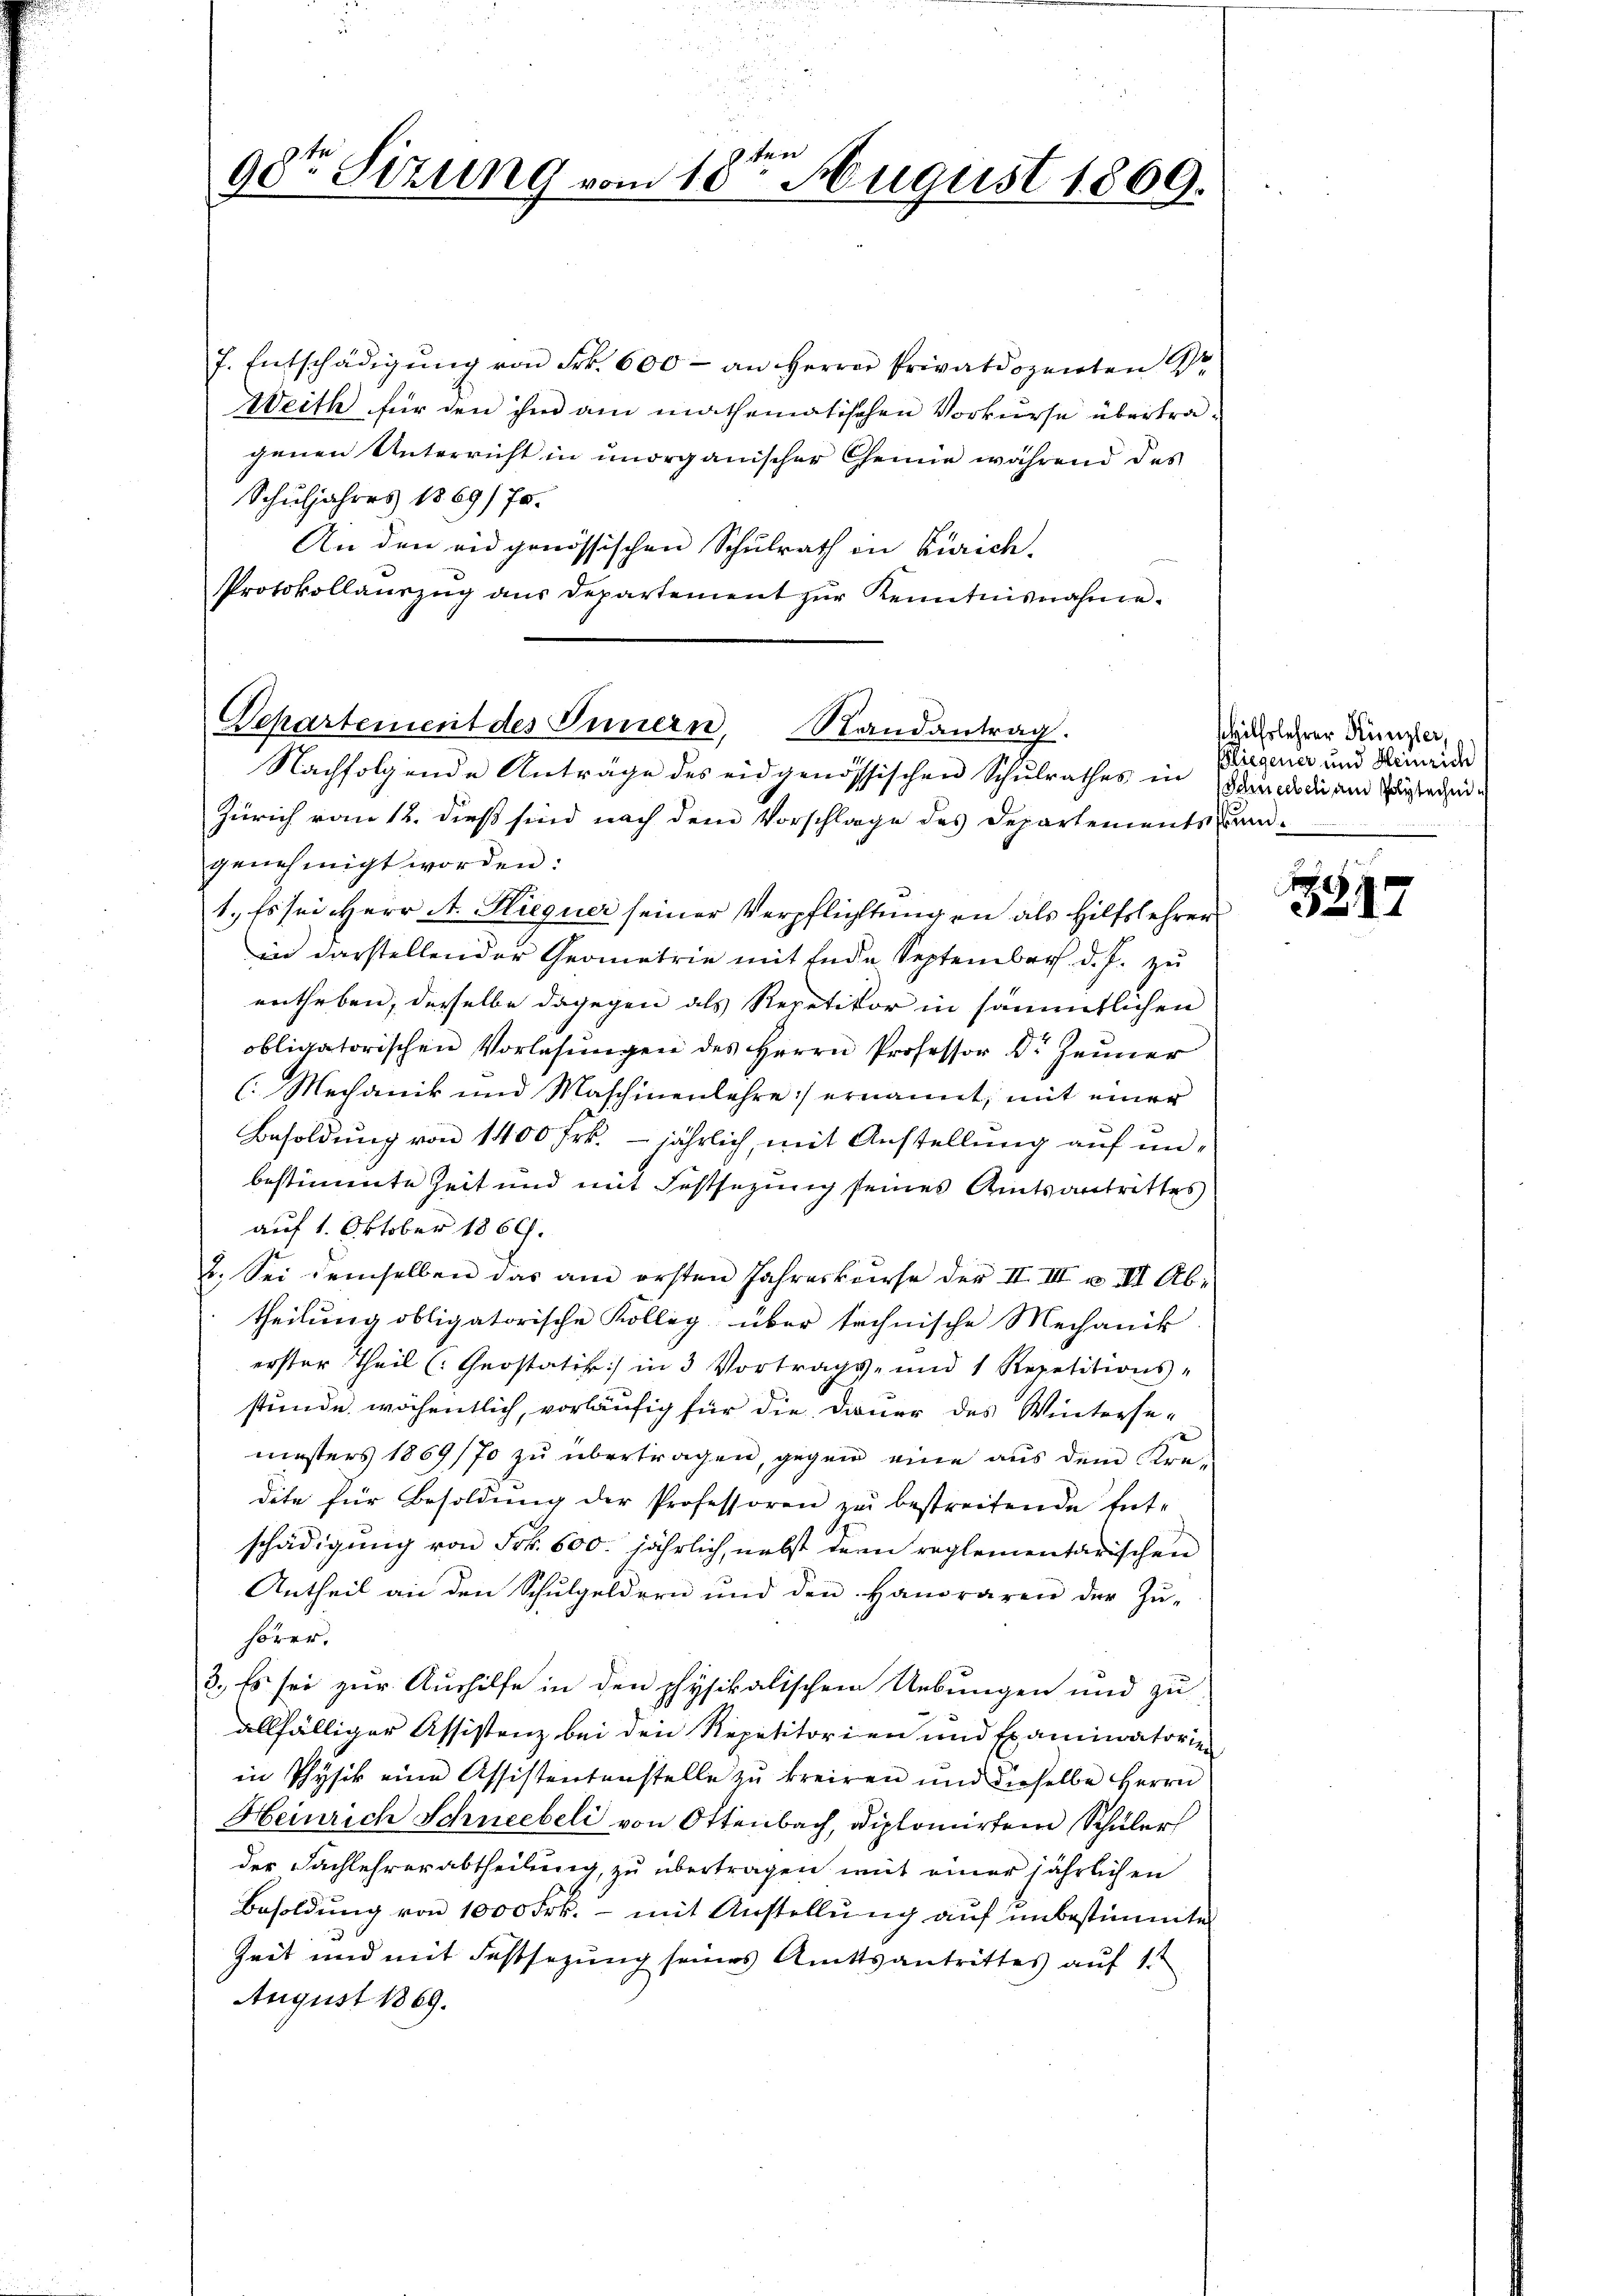
90te Sizung vom 18ten August 1869.

f. Entschädigŭng von Frk. 600- an Herrn Privatdozenten Dr.
Weith für den ihm am mathematischen Vorkurse übertragenen Unterricht in unorganischer Chemie während des
Schuljahres 1869/ fr.
An den eidgenössischen Schulrath in Zürich.
Protokollaŭszŭg aŭs departement zŭr Kenntnisnahme.
Nachfolgende Anträge des eidgenössischen Schulrathes in Stunde die am Stade¬
Zürich vom 12. dieß sind nach dem Vorschlage des Departements fran-
genehmigt worden:
1., Es sei Herr A. Sieguer seiner Verpflichtungen als Hilfslehrer
in darstellender Geometrie mit Ende September d. J. zu
entheben, derselbe dagegen als Repetikor in sämmtlichen
obligatorischen Vorlesungen des Herrn Professor Dr. Jenner
(Mechanik und Maschinenlehre ernannt, mit einer
Besoldung von 1400 Frk. jährlich, mit Anstellung auf un-
bestimmte Zeit und mit Festsezung seines Amtsantrittes
auf 1. Oktober 1866.
2. Sei demselben das am ersten Jahreskurse der II. III u. III Abtheilung obligatorische Kolleg über technische Mechanik
erster Theil (Geostatik in 3 Vortrags- und 1 Repetitions-
stunde wöchentlich, vorläufig für die Dauer des Wintersemesters 1869/70 zu übertragen, gegen eine aus dem Kre-
dite für Besoldŭng der Professoren zu bestreitende Ent-
schädigung von Frk. 500. jährlich, nebst dern reglementarischen
Antheil an den Schulgeldern und den Hanoraren der Zu-
hörer,
3., Es sei zur Aushilfe in den physikalischen Uebungen und zu
allfälliger Assistenz bei den Repetitorien und Examinatorie
in Physik eine Assistentenstelle zu kreiren und dieselbe Herrn
Heinrich Schneebeli von Ottenbach, Diplomirten Schüler
der Fachlehrerabtheilung, zu übertragen mit einer jährlichen
Besoldung von 1000 Frk. - mit Anstellung auf unbestimmte
Zeit und mit Festsezung seines Amtsantrittes auf 1.
August 1869.

Departement des Innern, Randantrag.

Hilfslehrer Künzler,
ßliegener und Heinrich

3317